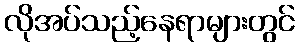
လိုအပ်သည့်နေရာများတွင်